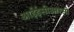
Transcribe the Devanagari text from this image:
आईईसीआरसी